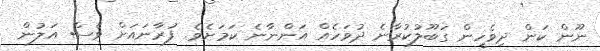
ނޫން ކަން ދިވެހީން ގަބޫލުކުރާނެ ދުވަހެއް އަންނާނެ ކަމަށެވެ. ފުރާނައަށް ވެސް އަލުން